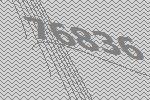
76836